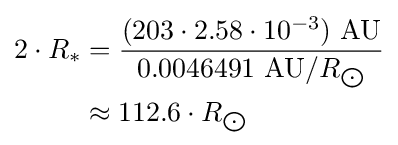
{\begin{aligned}2\cdot R_{*}&={\frac {(203\cdot 2.58\cdot 10^{-3})\ {\text{AU}}}{0.0046491\ {\text{AU}}/R_{\bigodot }}}\\&\approx 112.6\cdot R_{\bigodot }\end{aligned}}